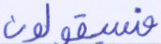
فسيقولون